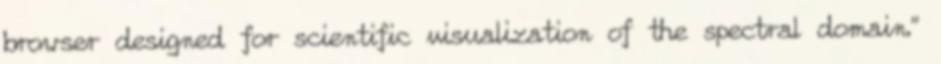
browser designed for scientific visualization of the spectral domain."